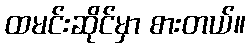
ထမင်းဆိုင်မှာ စားတယ်။